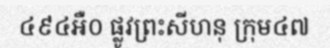
៤៩៤អឺ០ ផ្លូវព្រះសីហនុ ក្រុម៤៧